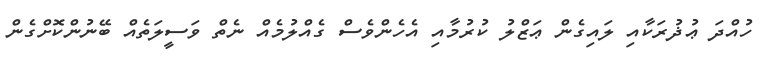
ހުއްދަ ޢުޛުރަކާއި ލައިގެން ޢަޒްލު ކުރުމާއި އެހެންވެސް ގެއްލުމެއް ނެތް ވަސީލަތެއް ބޭނުންކޮށްގެން